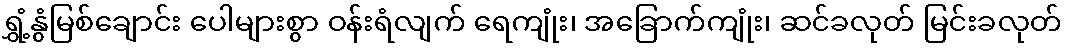
ရွှံ့နွံမြစ်ချောင်း ပေါများစွာ ဝန်းရံလျက် ရေကျုံး၊ အခြောက်ကျုံး၊ ဆင်ခလုတ် မြင်းခလုတ်